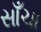
સાઁચા